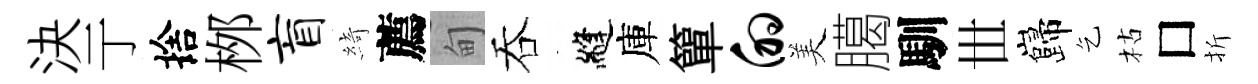
決亍捨桞盲綺薦甸吞縫庫簞的美臈馴𠀍巋乞枯□折